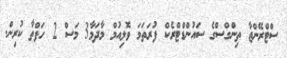
ސްޓްރޭންޖާ ތިންގްސްގެ ސައުންޑްޓްރެކް ފުރަތަމަ ވޮލިއުމް މާދަމާ3 މަސް 2 ހަފްތާ ކުރިން.